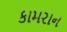
કામરાન